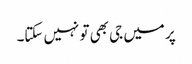
پر میں جی بھی تو نہیں سکتا۔